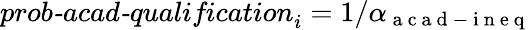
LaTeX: \textit{prob-acad-qualification}_{i}=1/\alpha_{\mathrm{~a~c~a~d~-~i~n~e~q~}}